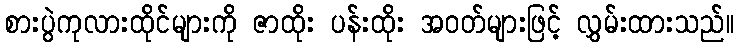
စားပွဲကုလားထိုင်များကို ဇာထိုး ပန်းထိုး အဝတ်များဖြင့် လွှမ်းထားသည်။